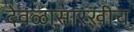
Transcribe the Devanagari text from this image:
देवळासारखीच